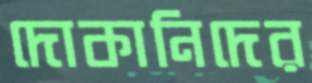
দোকানিদের